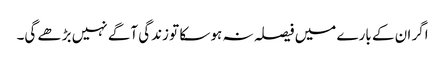
اگر ان کے بارے میں فیصلہ نہ ہو سکا تو زندگی آگے نہیں بڑھے گی۔